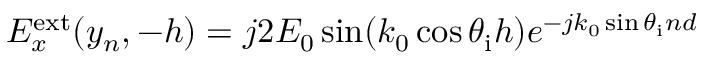
E _ { x } ^ { \mathrm { e x t } } ( y _ { n } , - h ) = j 2 E _ { 0 } \sin ( k _ { 0 } \cos \theta _ { \mathrm { i } } h ) e ^ { - j k _ { 0 } \sin \theta _ { \mathrm { i } } n d }